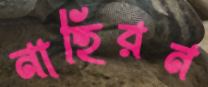
নাহিরন